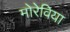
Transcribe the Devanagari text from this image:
मोरेविया